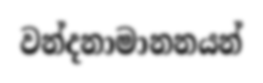
වන්දනාමානනයන්